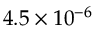
4 . 5 \times 1 0 ^ { - 6 }